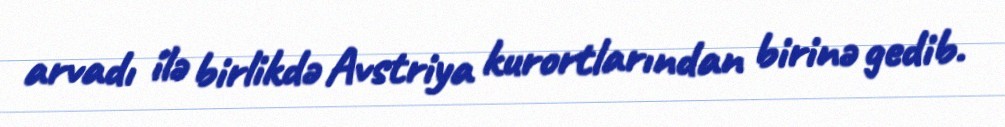
arvadı ilə birlikdə Avstriya kurortlarından birinə gedib.